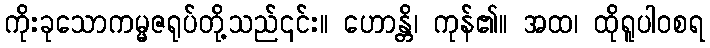
ကိုးခုသောကမ္မဇရုပ်တို့သည်၎င်း။ ဟောန္တိ၊ ကုန်၏။ အထ၊ ထိုရူပါဝစရ